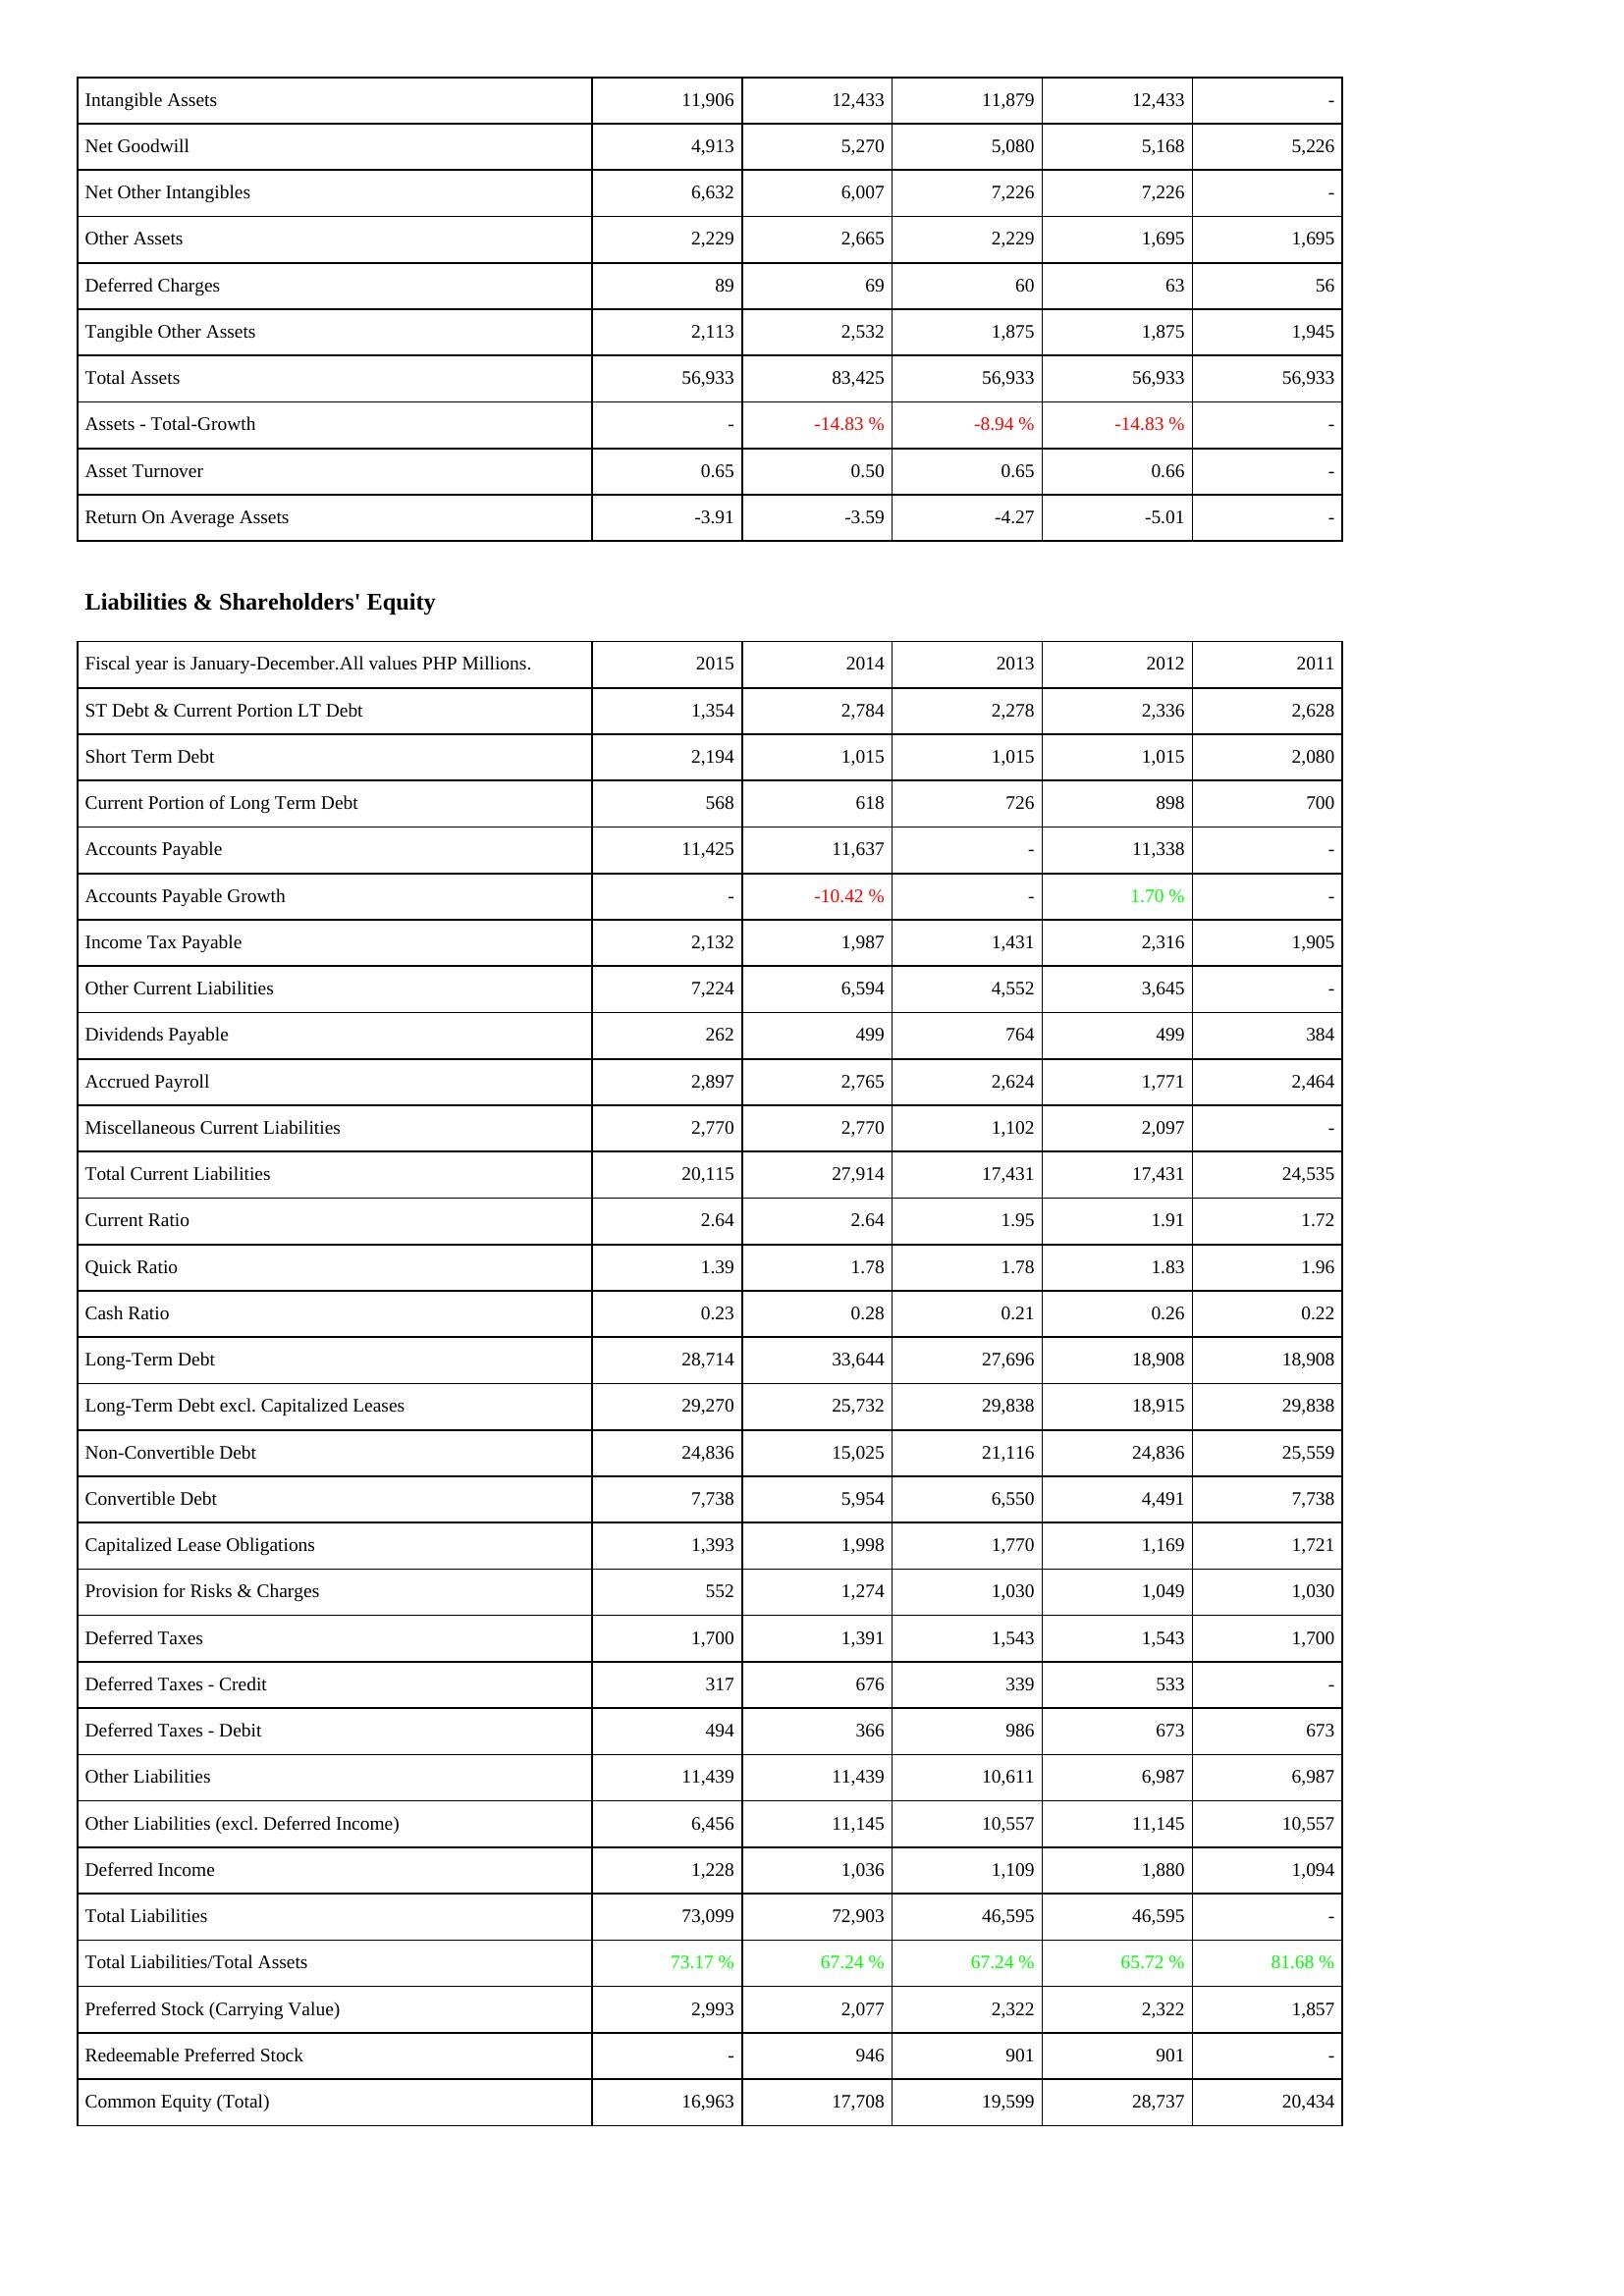
2015: Assets: Intangible Assets: 11,906
Net Goodwill: 4,913
Net Other Intangibles: 6,632
Other Assets: 2,229
Deferred Charges: 89
Tangible Other Assets: 2,113
Total Assets: 56,933
Assets - Total-Growth: -
Asset Turnover: 0.65
Return On Average Assets: -3.91
Liabilities & Shareholders' Equity: ST Debt & Current Portion LT Debt: 1,354
Short Term Debt: 2,194
Current Portion of Long Term Debt: 568
Accounts Payable: 11,425
Accounts Payable Growth: -
Income Tax Payable: 2,132
Other Current Liabilities: 7,224
Dividends Payable: 262
Accrued Payroll: 2,897
Miscellaneous Current Liabilities: 2,770
Total Current Liabilities: 20,115
Current Ratio: 2.64
Quick Ratio: 1.39
Cash Ratio: 0.23
Long-Term Debt: 28,714
Long-Term Debt excl. Capitalized Leases: 29,270
Non-Convertible Debt: 24,836
Convertible Debt: 7,738
Capitalized Lease Obligations: 1,393
Provision for Risks & Charges: 552
Deferred Taxes: 1,700
Deferred Taxes - Credit: 317
Deferred Taxes - Debit: 494
Other Liabilities: 11,439
Other Liabilities (excl. Deferred Income): 6,456
Deferred Income: 1,228
Total Liabilities: 73,099
Total Liabilities/Total Assets: 73.17 %
Preferred Stock (Carrying Value): 2,993
Redeemable Preferred Stock: -
Common Equity (Total): 16,963
2014: Assets: Intangible Assets: 12,433
Net Goodwill: 5,270
Net Other Intangibles: 6,007
Other Assets: 2,665
Deferred Charges: 69
Tangible Other Assets: 2,532
Total Assets: 83,425
Assets - Total-Growth: -14.83 %
Asset Turnover: 0.50
Return On Average Assets: -3.59
Liabilities & Shareholders' Equity: ST Debt & Current Portion LT Debt: 2,784
Short Term Debt: 1,015
Current Portion of Long Term Debt: 618
Accounts Payable: 11,637
Accounts Payable Growth: -10.42 %
Income Tax Payable: 1,987
Other Current Liabilities: 6,594
Dividends Payable: 499
Accrued Payroll: 2,765
Miscellaneous Current Liabilities: 2,770
Total Current Liabilities: 27,914
Current Ratio: 2.64
Quick Ratio: 1.78
Cash Ratio: 0.28
Long-Term Debt: 33,644
Long-Term Debt excl. Capitalized Leases: 25,732
Non-Convertible Debt: 15,025
Convertible Debt: 5,954
Capitalized Lease Obligations: 1,998
Provision for Risks & Charges: 1,274
Deferred Taxes: 1,391
Deferred Taxes - Credit: 676
Deferred Taxes - Debit: 366
Other Liabilities: 11,439
Other Liabilities (excl. Deferred Income): 11,145
Deferred Income: 1,036
Total Liabilities: 72,903
Total Liabilities/Total Assets: 67.24 %
Preferred Stock (Carrying Value): 2,077
Redeemable Preferred Stock: 946
Common Equity (Total): 17,708
2013: Assets: Intangible Assets: 11,879
Net Goodwill: 5,080
Net Other Intangibles: 7,226
Other Assets: 2,229
Deferred Charges: 60
Tangible Other Assets: 1,875
Total Assets: 56,933
Assets - Total-Growth: -8.94 %
Asset Turnover: 0.65
Return On Average Assets: -4.27
Liabilities & Shareholders' Equity: ST Debt & Current Portion LT Debt: 2,278
Short Term Debt: 1,015
Current Portion of Long Term Debt: 726
Accounts Payable: -
Accounts Payable Growth: -
Income Tax Payable: 1,431
Other Current Liabilities: 4,552
Dividends Payable: 764
Accrued Payroll: 2,624
Miscellaneous Current Liabilities: 1,102
Total Current Liabilities: 17,431
Current Ratio: 1.95
Quick Ratio: 1.78
Cash Ratio: 0.21
Long-Term Debt: 27,696
Long-Term Debt excl. Capitalized Leases: 29,838
Non-Convertible Debt: 21,116
Convertible Debt: 6,550
Capitalized Lease Obligations: 1,770
Provision for Risks & Charges: 1,030
Deferred Taxes: 1,543
Deferred Taxes - Credit: 339
Deferred Taxes - Debit: 986
Other Liabilities: 10,611
Other Liabilities (excl. Deferred Income): 10,557
Deferred Income: 1,109
Total Liabilities: 46,595
Total Liabilities/Total Assets: 67.24 %
Preferred Stock (Carrying Value): 2,322
Redeemable Preferred Stock: 901
Common Equity (Total): 19,599
2012: Assets: Intangible Assets: 12,433
Net Goodwill: 5,168
Net Other Intangibles: 7,226
Other Assets: 1,695
Deferred Charges: 63
Tangible Other Assets: 1,875
Total Assets: 56,933
Assets - Total-Growth: -14.83 %
Asset Turnover: 0.66
Return On Average Assets: -5.01
Liabilities & Shareholders' Equity: ST Debt & Current Portion LT Debt: 2,336
Short Term Debt: 1,015
Current Portion of Long Term Debt: 898
Accounts Payable: 11,338
Accounts Payable Growth: 1.70 %
Income Tax Payable: 2,316
Other Current Liabilities: 3,645
Dividends Payable: 499
Accrued Payroll: 1,771
Miscellaneous Current Liabilities: 2,097
Total Current Liabilities: 17,431
Current Ratio: 1.91
Quick Ratio: 1.83
Cash Ratio: 0.26
Long-Term Debt: 18,908
Long-Term Debt excl. Capitalized Leases: 18,915
Non-Convertible Debt: 24,836
Convertible Debt: 4,491
Capitalized Lease Obligations: 1,169
Provision for Risks & Charges: 1,049
Deferred Taxes: 1,543
Deferred Taxes - Credit: 533
Deferred Taxes - Debit: 673
Other Liabilities: 6,987
Other Liabilities (excl. Deferred Income): 11,145
Deferred Income: 1,880
Total Liabilities: 46,595
Total Liabilities/Total Assets: 65.72 %
Preferred Stock (Carrying Value): 2,322
Redeemable Preferred Stock: 901
Common Equity (Total): 28,737
2011: Assets: Intangible Assets: -
Net Goodwill: 5,226
Net Other Intangibles: -
Other Assets: 1,695
Deferred Charges: 56
Tangible Other Assets: 1,945
Total Assets: 56,933
Assets - Total-Growth: -
Asset Turnover: -
Return On Average Assets: -
Liabilities & Shareholders' Equity: ST Debt & Current Portion LT Debt: 2,628
Short Term Debt: 2,080
Current Portion of Long Term Debt: 700
Accounts Payable: -
Accounts Payable Growth: -
Income Tax Payable: 1,905
Other Current Liabilities: -
Dividends Payable: 384
Accrued Payroll: 2,464
Miscellaneous Current Liabilities: -
Total Current Liabilities: 24,535
Current Ratio: 1.72
Quick Ratio: 1.96
Cash Ratio: 0.22
Long-Term Debt: 18,908
Long-Term Debt excl. Capitalized Leases: 29,838
Non-Convertible Debt: 25,559
Convertible Debt: 7,738
Capitalized Lease Obligations: 1,721
Provision for Risks & Charges: 1,030
Deferred Taxes: 1,700
Deferred Taxes - Credit: -
Deferred Taxes - Debit: 673
Other Liabilities: 6,987
Other Liabilities (excl. Deferred Income): 10,557
Deferred Income: 1,094
Total Liabilities: -
Total Liabilities/Total Assets: 81.68 %
Preferred Stock (Carrying Value): 1,857
Redeemable Preferred Stock: -
Common Equity (Total): 20,434